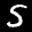
Label: 5